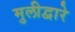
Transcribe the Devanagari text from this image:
मुलीद्वारे